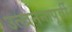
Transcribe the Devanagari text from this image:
उत्खननापूर्वी